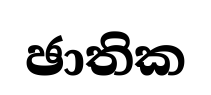
ඡාතික